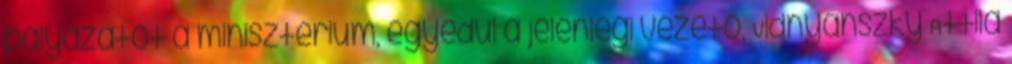
pályázatot a minisztérium, egyedül a jelenlegi vezető, Vidnyánszky Attila